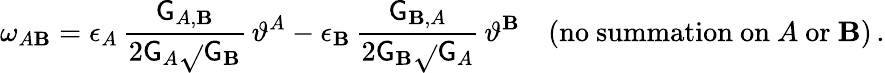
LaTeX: \omega_{A\mathbf{B}}=\epsilon_{A}\, \frac{{\mathsf{{G}}_{A,\mathbf{B}}}}{{2\mathsf{{G}}_{A}\sqrt{}{{\mathsf{{G}}_{\mathbf{B}}}}}}\, \vartheta^{A}-\epsilon_{\mathbf{B}}\, \frac{{\mathsf{{G}}_{\mathbf{B},A}}}{{2\mathsf{{G}}_{\mathbf{B}}\sqrt{}{{\mathsf{{G}}_{A}}}}}\, \vartheta^{\mathbf{B}}\quad(\mathrm{{no~summation~on}}~A~\mathrm{{or}}~\mathbf{B})\, .